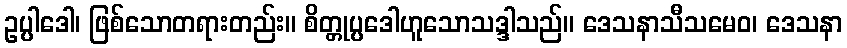
ဥပ္ပါဒေါ၊ ဖြစ်သောတရားတည်း။ စိတ္တုပ္ပဒေါဟူသောသဒ္ဒါသည်။ ဒေသနာသီသမေဝ၊ ဒေသနာ